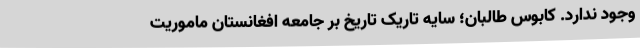
وجود ندارد. کابوس طالبان؛ سایه تاریک تاریخ بر جامعه افغانستان ماموریت